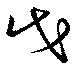
戊